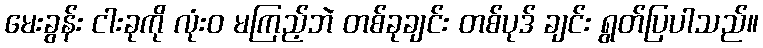
မေးခွန်း ငါးခုကို လုံးဝ မကြည့်ဘဲ တစ်ခုချင်း တစ်ပုဒ် ချင်း ရွတ်ပြပါသည်။